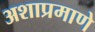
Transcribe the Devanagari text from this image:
अशाप्रमाणे